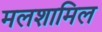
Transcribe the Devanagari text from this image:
मलशामिल